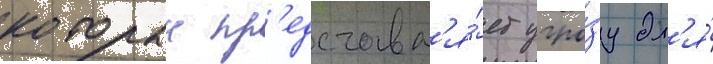
которыи пр'едставл'я́ет угро́зу дл'я́